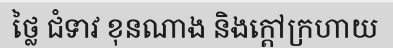
ថ្លៃ ជំទាវ ខុនណាង និងក្តៅក្រហាយ